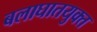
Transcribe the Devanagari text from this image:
बलाघातयुक्त